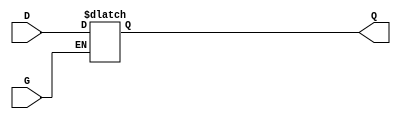
module gated_latch (
    input wire D,      // Data input
    input wire G,      // Enable signal
    output reg Q       // Output
);

// Process block to describe the behavior of the latch
always @(*) begin
    if (G)           // When enable signal is high
        Q = D;      // Output follows the input
    // No need for an else statement as Q retains its last value in the inactive state
end

endmodule